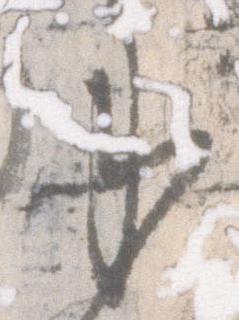
承